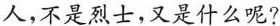
人,不是烈士,又是什么呢?